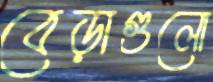
বেড়াগুলো